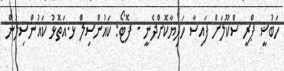
ހަބުޝީ ޕްރީ ސްކޫލަށް ފައިސާ ހަދިޔާކޮށްދެނީ - ފޮޓޯ: ކައުންސިލް ޅ.އަތޮޅު ކައުންސިލުން